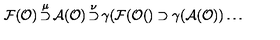
{ \cal F } ( { \cal O } ) \mathop { \supset } ^ { \mu } { \cal A } ( { \cal O } ) \mathop { \supset } ^ { \nu } \gamma ( { \cal F } ( { \cal O } ( ) \supset \gamma ( { \cal A } ( { \cal O } ) ) \dots